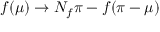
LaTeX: f ( \mu ) \to N _ { f } \pi - f ( \pi - \mu )